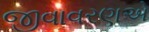
જીવાવરણએ